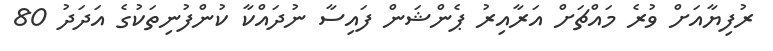
ރުފިޔާއަށް ވުރެ މައްޗަށް އަރާއިރު ޕެންޝަން ފައިސާ ނުދައްކާ ކުންފުނިތަކުގެ އަދަދު 80